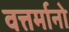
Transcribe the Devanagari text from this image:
वत्तर्मानो